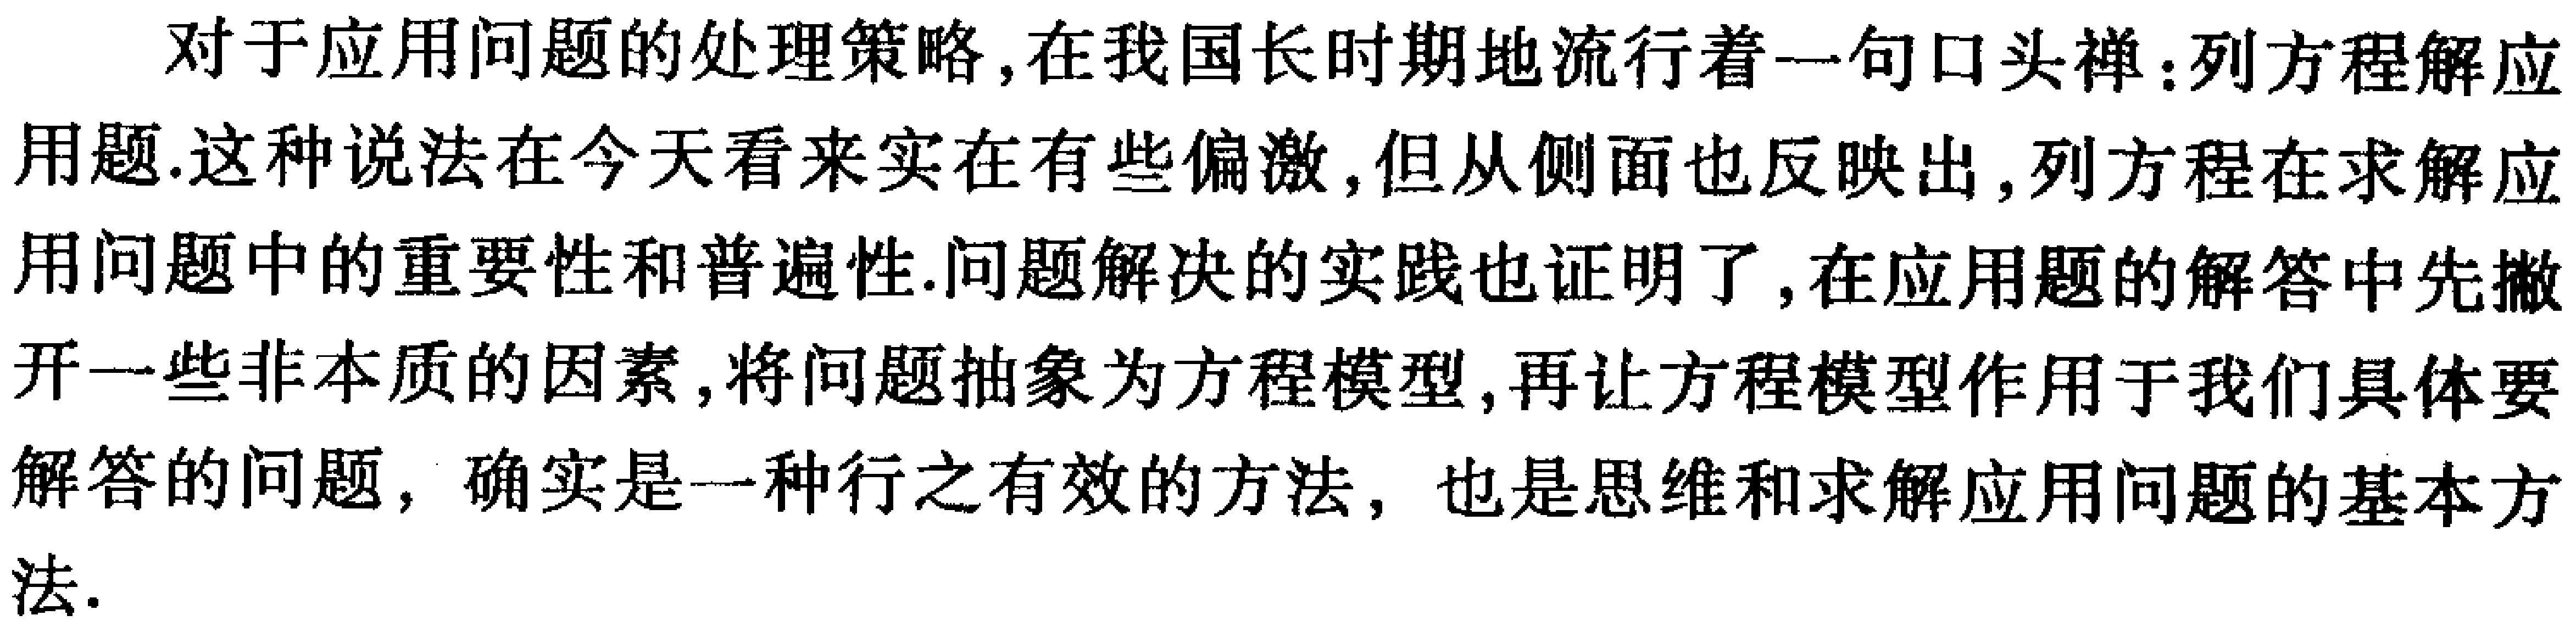
对于应用问题的处理策略,在我国长时期地流行着一句口头禅:列方程解应用题.这种说法在今天看来实在有些偏激,但从侧面也反映出,列方程在求解应用问题中的重要性和普遍性.问题解决的实践也证明了,在应用题的解答中先撇开一些非本质的因素,将问题抽象为方程模型,再让方程模型作用于我们具体要解答的问题，确实是一种行之有效的方法，也是思维和求解应用问题的基本方法.